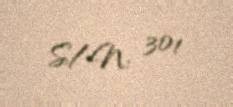
S/N: 301